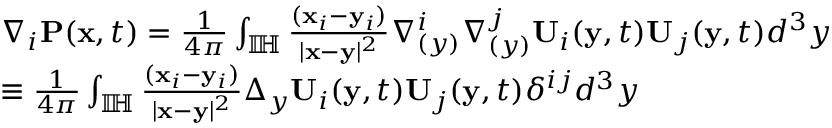
\begin{array} { r l } & { \nabla _ { i } \mathbf { P } ( \mathbf { x } , t ) = \frac { 1 } { 4 \pi } \int _ { \mathbb { I \! H } } \frac { ( \mathbf { x } _ { i } - \mathbf { y } _ { i } ) } { | \mathbf { x } - \mathbf { y } | ^ { 2 } } \nabla _ { ( y ) } ^ { i } \nabla _ { ( y ) } ^ { j } { \mathbf { U } } _ { i } ( \mathbf { y } , t ) { \mathbf { U } } _ { j } ( \mathbf { y } , t ) d ^ { 3 } y } \\ & { \equiv \frac { 1 } { 4 \pi } \int _ { \mathbb { I \! H } } \frac { ( \mathbf { x } _ { i } - \mathbf { y } _ { i } ) } { | \mathbf { x } - \mathbf { y } | ^ { 2 } } \Delta _ { y } \mathbf { U } _ { i } ( \mathbf { y } , t ) \mathbf { U } _ { j } ( \mathbf { y } , t ) \delta ^ { i j } d ^ { 3 } y } \\ & { } \end{array}